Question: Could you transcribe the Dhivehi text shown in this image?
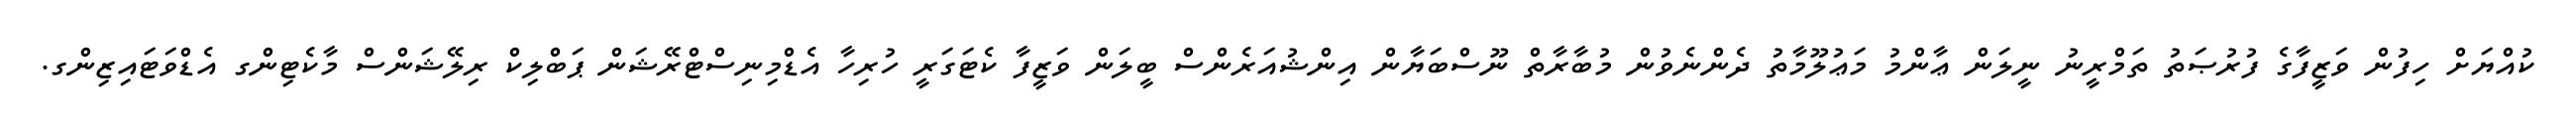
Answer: ކުއްޔަށް ހިފުން ވަޒީފާގެ ފުރުޞަތު ތަމްރީނު ނީލަން ޢާންމު މަޢުލޫމާތު ދެންނެވުން މުބާރާތް ނޫސްބަޔާން އިންޝުއަރެންސް ބީލަން ވަޒީފާ ކެޓަގަރީ ހުރިހާ އެޑްމިނިސްޓްރޭޝަން ޕަބްލިކް ރިލޭޝަންސް މާކެޓިންގ އެޑްވަޓައިޒިންގ.